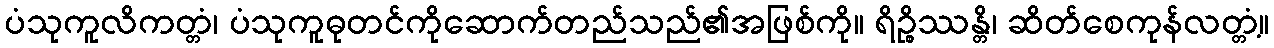
ပံသုကူလိကတ္တံ၊ ပံသုကူဓုတင်ကိုဆောက်တည်သည်၏အဖြစ်ကို။ ရိဉ္စိဿန္တိ၊ ဆိတ်စေကုန်လတ္တံ့။